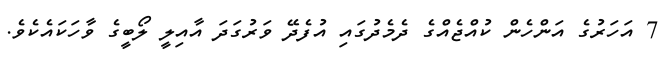
7 އަހަރުގެ އަންހެން ކުއްޖެއްގެ ދެމެދުގައި އުފެދޭ ވަރުގަދަ އާއިލީ ލޯބީގެ ވާހަކައެކެވެ.